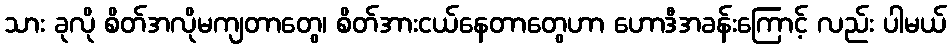
သား ခုလို စိတ်အလိုမကျတာတွေ၊ စိတ်အားငယ်နေတာတွေဟာ ဟောဒီအခန်းကြောင့် လည်း ပါမယ်